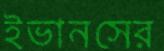
ইভানসের